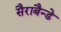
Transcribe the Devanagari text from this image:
सैराबैन्डे